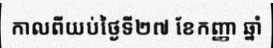
កាលពីយប់ថ្ងៃទី២៧ ខែកញ្ញា ឆ្នាំ